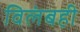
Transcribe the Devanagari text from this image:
विलंबही